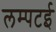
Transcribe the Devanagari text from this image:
लम्पटई